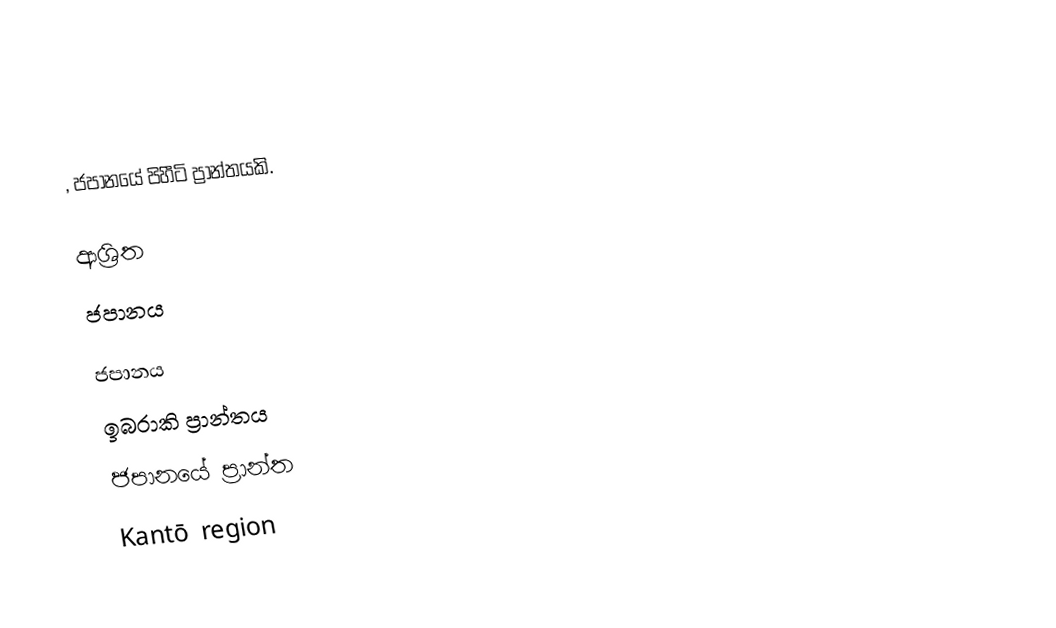
, ජපානයේ පිහීටි ප්‍රාන්තයකි.

ආශ්‍රිත
 ජපානය

ජපානය
ඉබරාකි ප්‍රාන්තය
ජපානයේ ප්‍රාන්ත
Kantō region